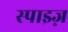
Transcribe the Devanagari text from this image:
स्पाइज़